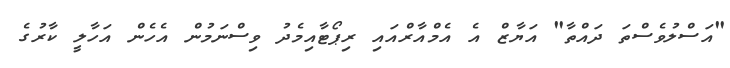
"އަސްލުވެސްތަ ދައްތާ" އަޔާޒް އެ އެމްއާރްއައި ރިޕޯޓާއިމެދު ވިސްނަމުން އެހެން އަހާލީ ކާރުގެ